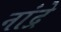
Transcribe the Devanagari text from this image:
नांद्रे